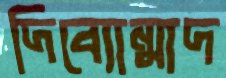
দিব্যোন্মাদ